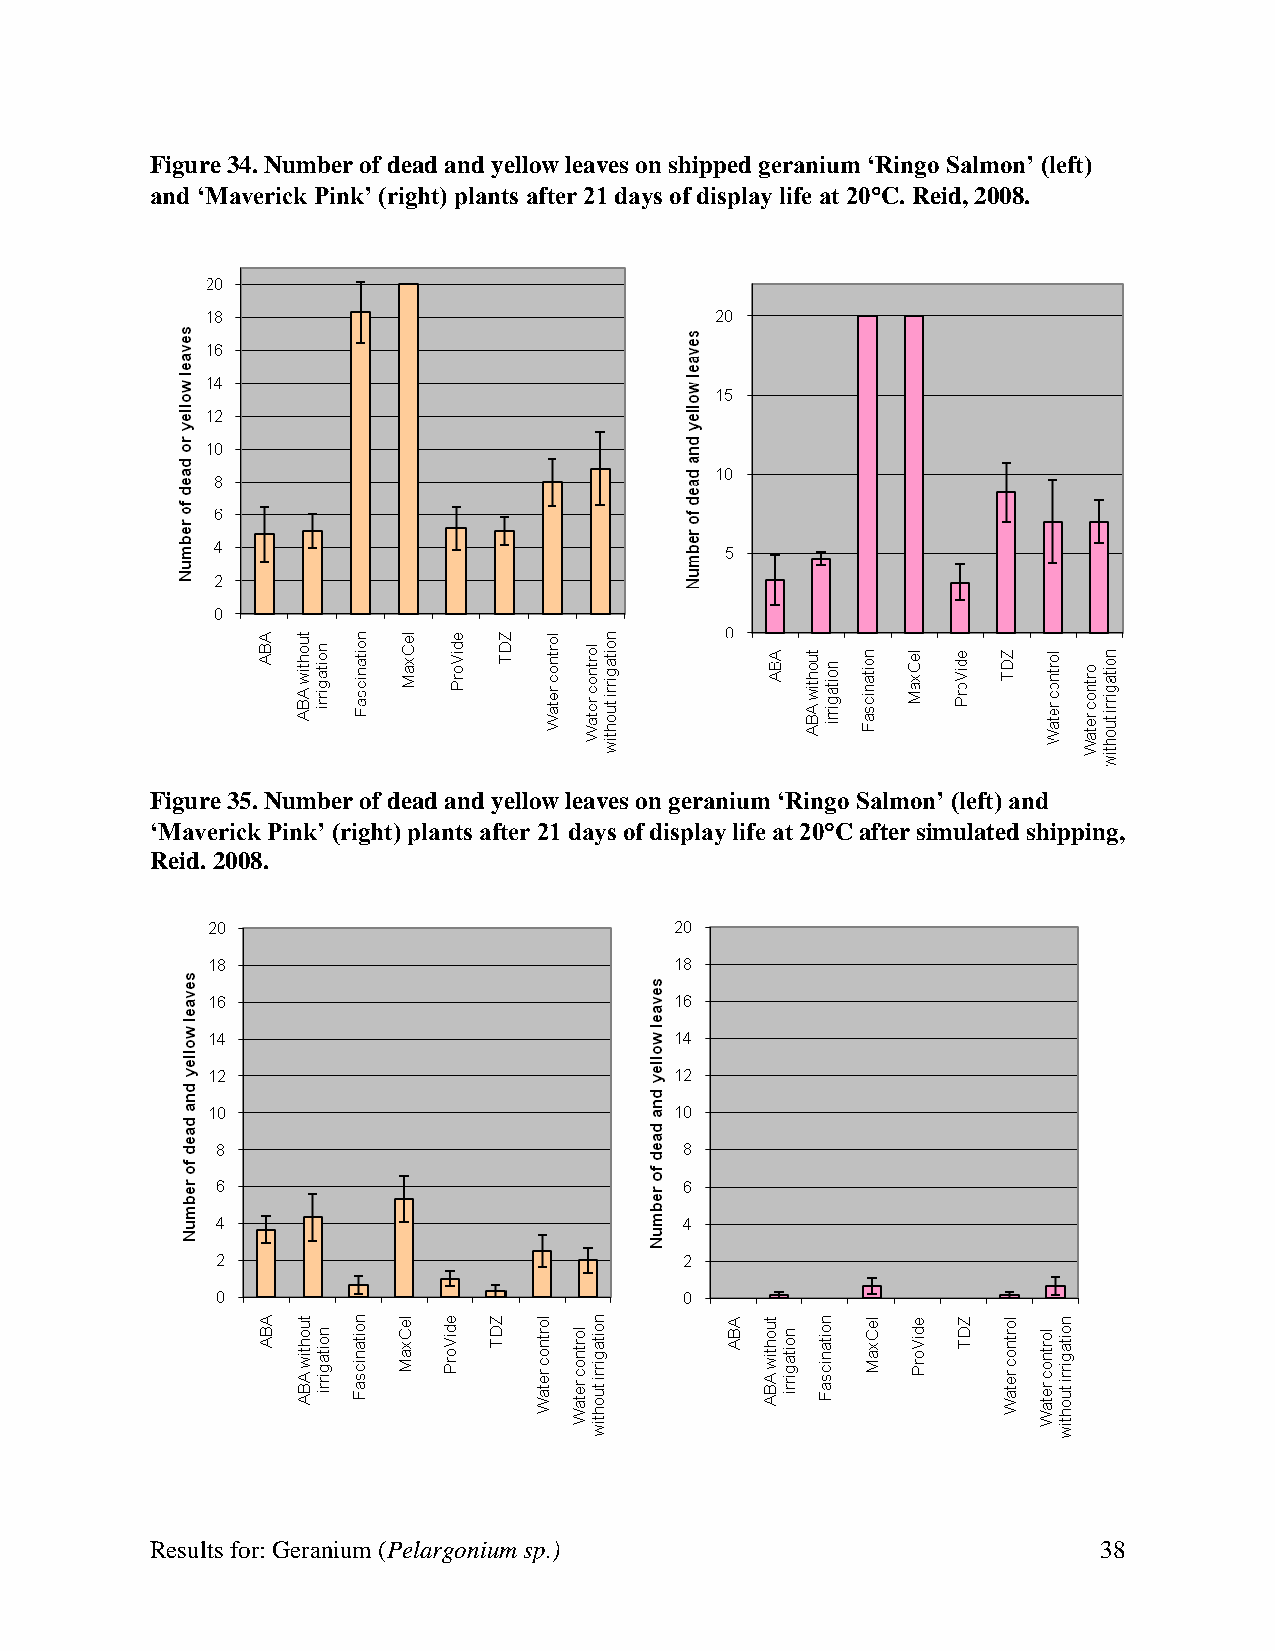
Figure 34. Number of dead and yellow leaves on shipped geranium ‘Ringo Salmon’ (left)
 and ‘Maverick Pink’ (right) plants after 21 days of display life at 20C. Reid, 2008.
 Figure 35. Number of dead and yellow leaves on geranium ‘Ringo Salmon’ (left) and
 ‘Maverick Pink’ (right) plants after 21 days of display life at 20C after simulated shipping,
 Reid. 2008.
 Results for: Geranium (Pelargonium sp.)                        38